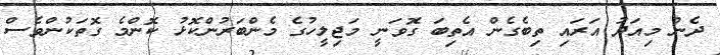
ދެން މިއަދު އަރައި ތިބެގެން އެތިބަ ގޮވަނީ މަޖިލީހުގެ މެންބަރުންކޮޅު ކޮންމެ ގޮތަކުންވެސް